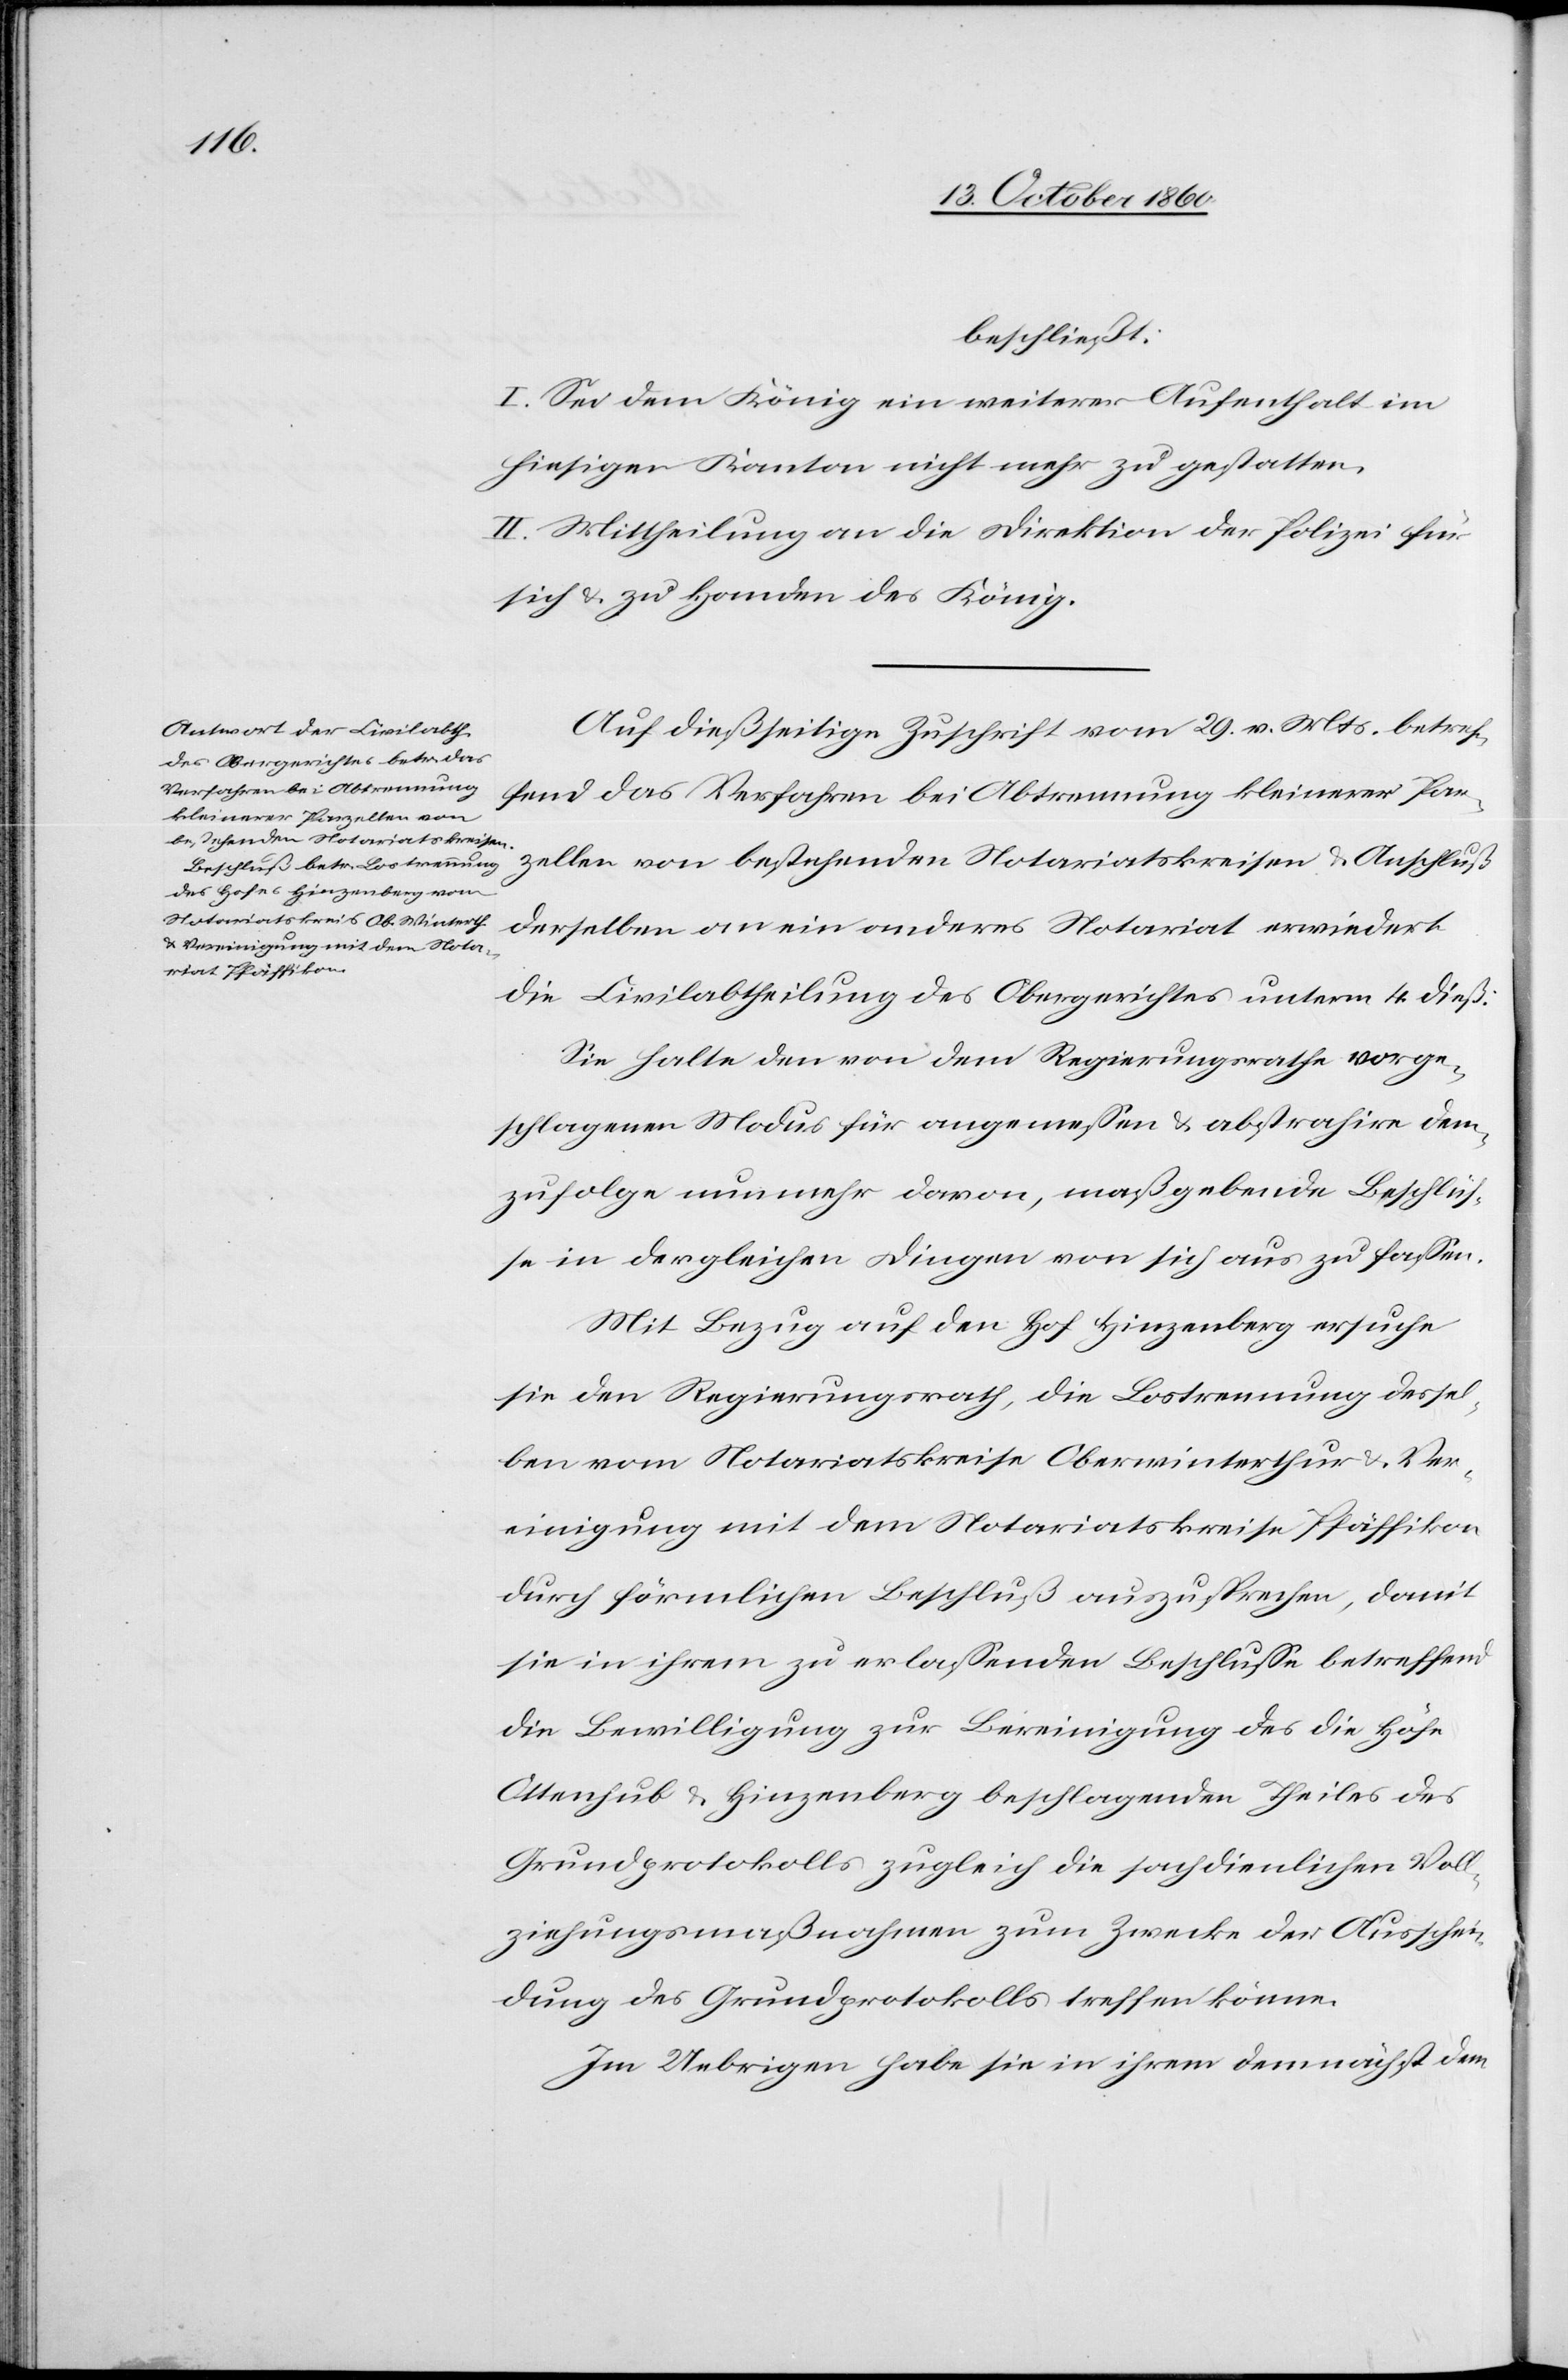
beschließt:
I. Sei dem König ein weiterer Aufenthalt im
hiesigen Kanton nicht mehr zu gestatten.
II. Mittheilung an die Direktion der Polizei für
sich u. zu Handen des König.
Auf dießseitige Zuschrift vom 29. v. Mts. betref¬
fend das Verfahren bei Abtrennung kleinerer Par¬
zellen von bestehenden Notariatskreisen u. Anschluß
derselben an ein anderes Notariat erwiedert
die Civilabtheilung des Obergerichtes unterm 4. dieß:
Sie halte den von dem Regierungsrathe vorge¬
schlagenen Modus für angemessen u. abstrahire dem¬
zufolge nunmehr davon, maßgebende Beschlüs¬
se in dergleichen Dingen von sich aus zu fassen.
Mit Bezug auf den Hof Hinzenberg ersuche
sie den Regierungsrath, die Lostrennung dessel¬
ben vom Notariatskreise Oberwinterthur u. Ver¬
einigung mit dem Notariatskreise Pfäffikon
durch förmlichen Beschluß auszusprechen, damit
sie in ihrem zu erlassenden Beschlusse betreffend
die Bewilligung zur Bereinigung des die Höfe
Ottenhub u. Hinzenberg beschlagenden Theiles des
Grundprotokolls zugleich die sachdienlichen Voll¬
ziehungsmaßnahmen zum Zwecke der Ausschei¬
dung des Grundprotokolls treffen könne.
Im Uebrigen habe sie in ihrem demnächst dem